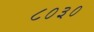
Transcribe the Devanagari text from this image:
८०३०